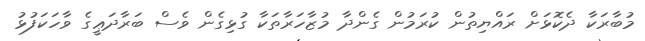
މުބާރަކާ ދެކޮޅަށް ރައްޔިތުން ކުރަމުން ގެންދާ މުޒާހަރާތަކާ ގުޅިގެން ވެސް ބަރާދަޢީގެ ވާހަކަފުޅު